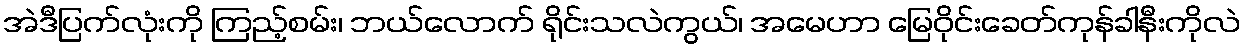
အဲဒီပြက်လုံးကို ကြည့်စမ်း၊ ဘယ်လောက် ရိုင်းသလဲကွယ်၊ အမေဟာ မြေဝိုင်းခေတ်ကုန်ခါနီးကိုလဲ